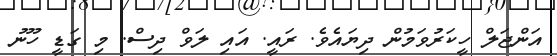
އަންޖަލް ހީކަރުވަމުން ދިޔައެވެ. ރައީ. އައި ލަވް ދިސް. މި ގަޑީ ހޫނު